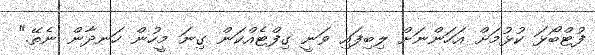
ފުޓްބޯޅަ ކުޅުމަށް އަހަންނަށް ލިބިފައި ވަނީ ގިފްޓެއްކަން ގިނަ މީހުން ހަނދާން ނެތޭ."